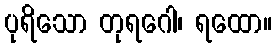
ပုရိသော တုရဂေါ၊ ရထော။